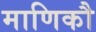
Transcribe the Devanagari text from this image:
माणिकौ